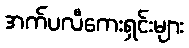
အက်ပလီကေးရှင်းများ